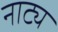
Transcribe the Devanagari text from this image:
नाट्य